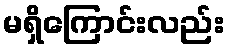
မရှိကြောင်းလည်း